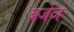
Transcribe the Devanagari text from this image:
बर्जेज